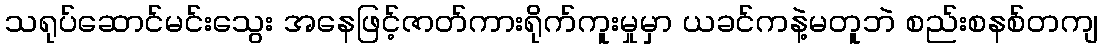
သရုပ်ဆောင်မင်းသွေး အနေဖြင့်ဇာတ်ကားရိုက်ကူးမှုမှာ ယခင်ကနဲ့မတူဘဲ စည်းစနစ်တကျ